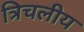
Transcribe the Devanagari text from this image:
त्रिचलीय